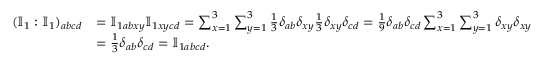
\begin{array} { r l } { ( \mathbb { I } _ { 1 } : \mathbb { I } _ { 1 } ) _ { a b c d } } & { = \mathbb { I } _ { 1 a b x y } \mathbb { I } _ { 1 x y c d } = \sum _ { x = 1 } ^ { 3 } \sum _ { y = 1 } ^ { 3 } \frac { 1 } { 3 } \delta _ { a b } \delta _ { x y } \frac { 1 } { 3 } \delta _ { x y } \delta _ { c d } = \frac { 1 } { 9 } \delta _ { a b } \delta _ { c d } \sum _ { x = 1 } ^ { 3 } \sum _ { y = 1 } ^ { 3 } \delta _ { x y } \delta _ { x y } } \\ & { = \frac { 1 } { 3 } \delta _ { a b } \delta _ { c d } = \mathbb { I } _ { 1 a b c d } . } \end{array}